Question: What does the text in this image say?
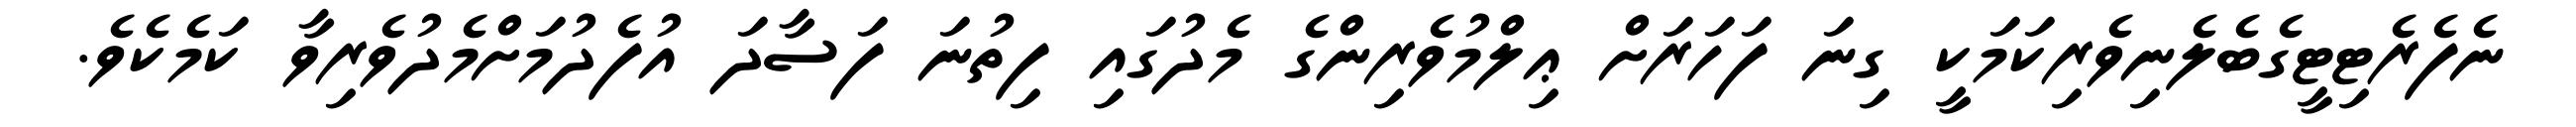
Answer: ނެފެރެޓިޓީގެބެލެނިވެރިކަމަކީ ގިނަ ފަހަރަށް ޢިލްމުވެރިންގެ މެދުގައި ފިތުނަ ފަސާދަ އުފެދުމަށްމެދުވެރިވާ ކަމެކެވެ.